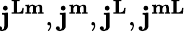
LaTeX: \mathbf{j}^{\mathbf{Lm}},\mathbf{j}^{\mathbf{m}},\mathbf{j}^{\mathbf{L}},\mathbf{j}^{\mathbf{mL}}